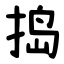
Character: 捣